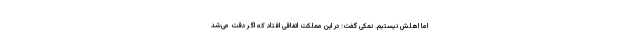
اما اهلش نیستیم. نمکی گفت: در این مملکت اتفاقی افتاد که اگر دقت می‌شد